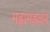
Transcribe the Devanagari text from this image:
महामंडळने